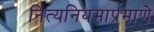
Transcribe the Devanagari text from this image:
नित्यनियमाप्रमाणे